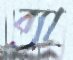
ব্যা